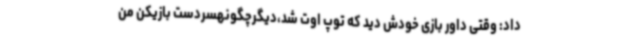
داد: وقتی داور بازی خودش دید که توپ اوت شد،دیگرچگونهسردست بازیکن من